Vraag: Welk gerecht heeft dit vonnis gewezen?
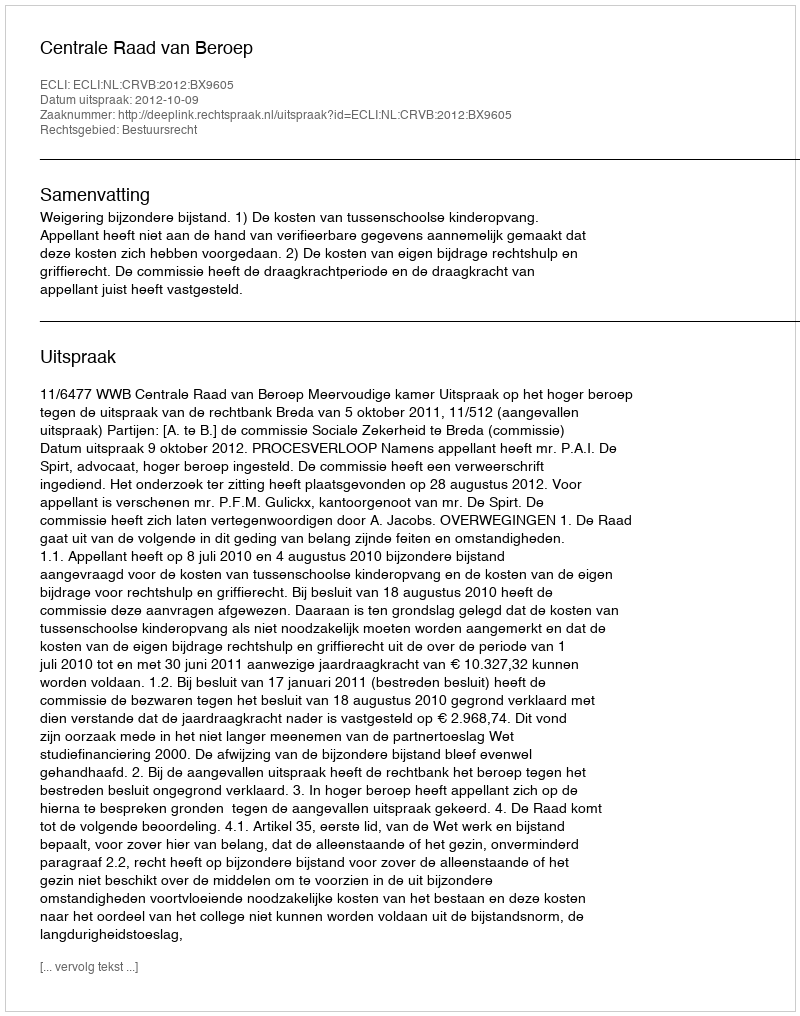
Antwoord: Centrale Raad van Beroep